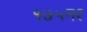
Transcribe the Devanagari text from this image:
१७५नर